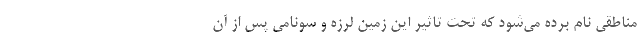
مناطقی نام برده می‌شود که تحت تاثیر این زمین لرزه و سونامی پس از آن